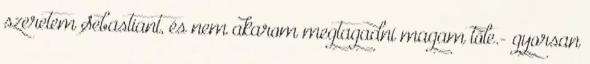
szeretem Sebastiant, és nem akarom megtagadni magam tőle.- gyorsan